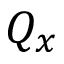
Q _ { x }